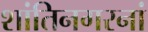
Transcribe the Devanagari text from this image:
शांतिनगरनां